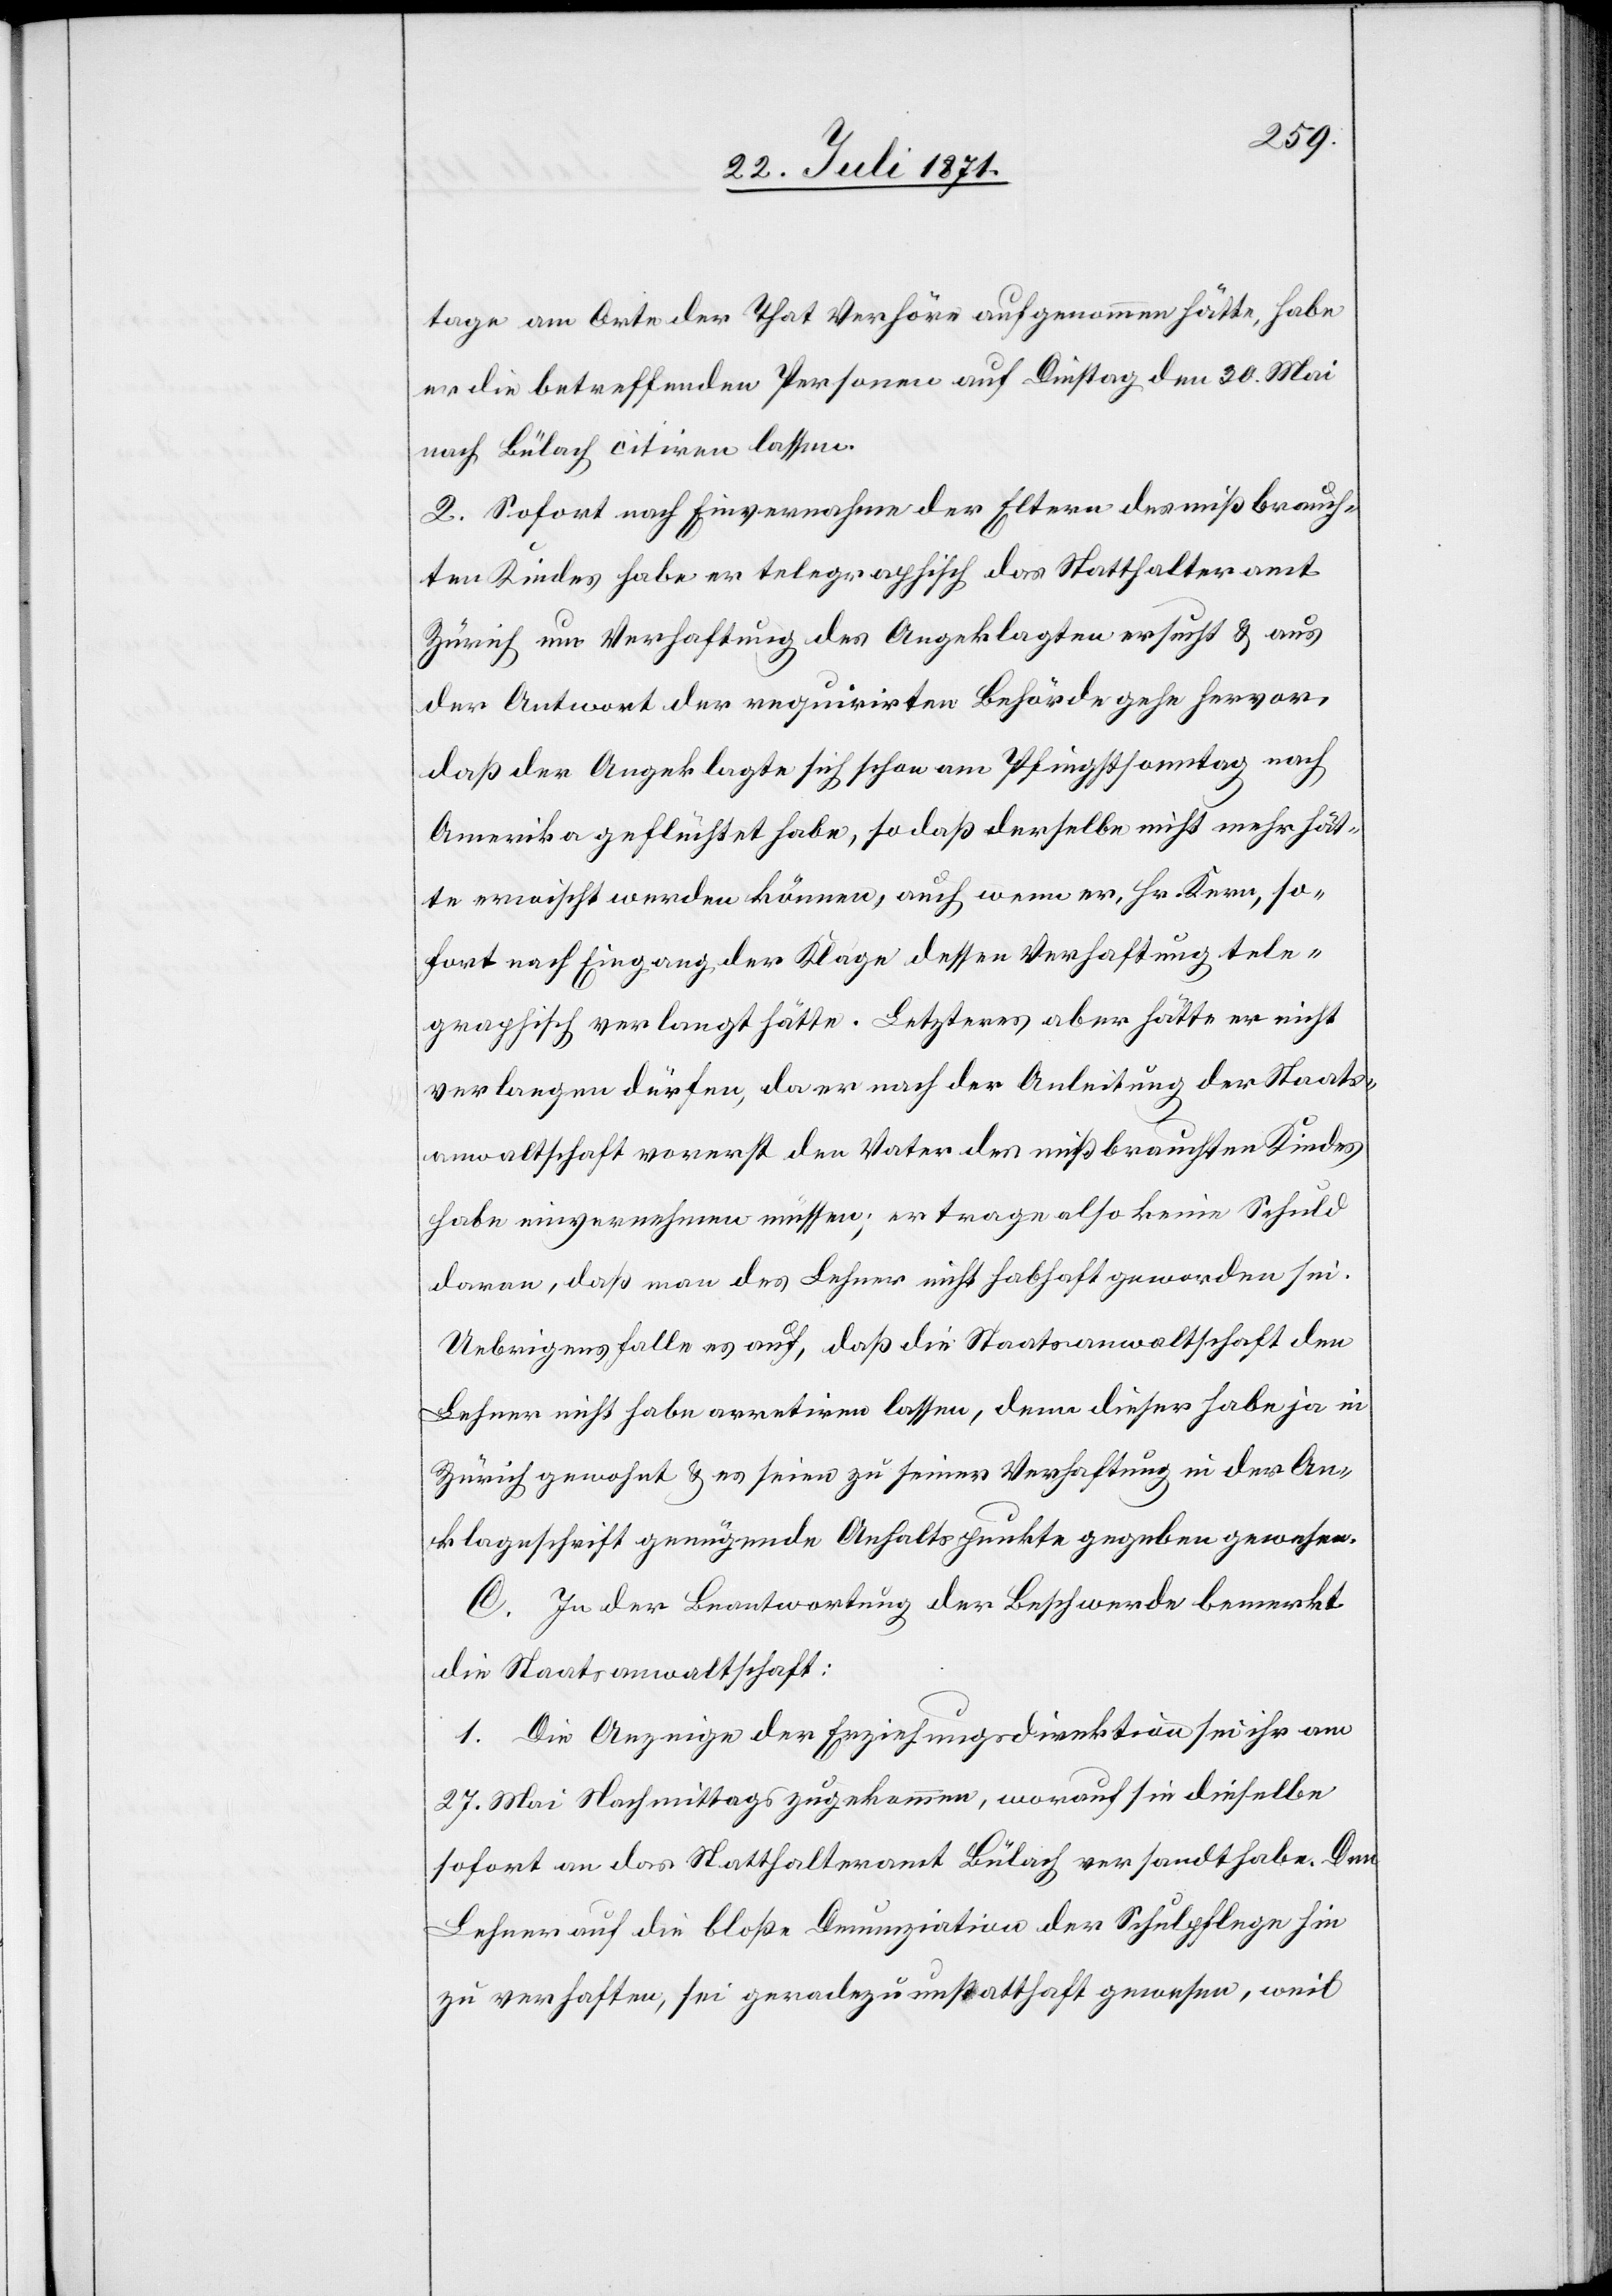
tage am Orte der That Verhöre aufgenommen hätte, habe
er die betreffenden Personen auf Dienstag den 30. Mai
nach Bülach citiren lassen.
2. Sofort nach Einvernahme der Eltern des mißbrauch¬
ten Kindes habe er telegraphisch das Statthalteramt
Zürich um Verhaftung des Angeklagten ersucht u. aus
der Antwort der requirirten Behörde gehe hervor,
daß der Angeklagte sich schon am Pfingstsonntag nach
Amerika geflüchtet habe, so daß derselbe nicht mehr hät¬
te erwischt werden können, auch wenn er, Hr. Kern, so¬
fort nach Eingang der Klage dessen Verhaftung tele¬
graphisch verlangt hätte. Letzteres aber hätte er nicht
verlangen dürfen, da er nach der Anleitung der Staats¬
anwaltschaft vorerst den Vater des mißbrauchten Kindes
habe einvernehmen müssen; er trage also keine Schuld
daran, daß man des Lehner nicht habhaft geworden sei.
Uebrigens falle es auf, daß die Staatsanwaltschaft den
Lehner nicht habe arretiren lassen, denn dieser habe ja in
Zürich gewohnt u. es seien zu seiner Verhaftung in der An¬
klageschrift genügend Anhaltspunkte gegeben gewesen.
C. In der Beantwortung der Beschwerde bemerkt
die Staatsanwaltschaft:
1. Die Anzeige der Erziehungsdirektion sei ihr am
27. Mai Nachmittags zugekommen, worauf sie dieselbe
sofort an das Statthalteramt Bülach versandt habe. Den
Lehner auf die bloße Denunziation der Schulpflege hin
zu verhaften, sei geradezu unstatthaft gewesen, weil